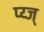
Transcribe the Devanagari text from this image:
प्य्ज्